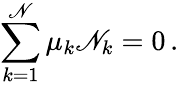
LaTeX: \sum_{k=1}^{\mathscr{N}}\mu_{k}{\mathbf{\mathscr{N}}}_{k}=0\, .